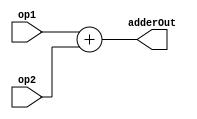
module adder #(parameter width=16)(
input   [width-1:0] op1,
input   [width-1:0] op2,
output   [width-1:0] adderOut
);


assign adderOut = op1+op2;



endmodule